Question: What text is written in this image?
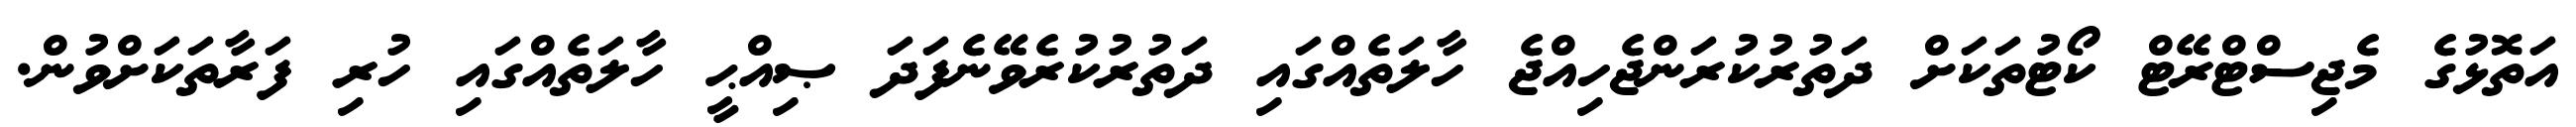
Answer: އަތޮޅުގެ މެޖިސްޓްރޭޓް ކޯޓުތަކަށް ދަތުރުކުރަންޖެހިއްޖެ ހާލަތެއްގައި ދަތުރުކުރެވޭނެފަދަ ޞިއްޙީ ހާލަތެއްގައި ހުރި ފަރާތަކަށްވުން.